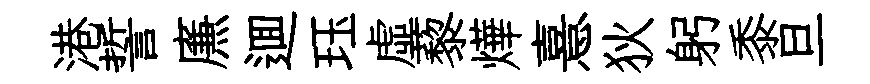
港誓㢘逥珏虛藜燁憙狄躬黍旦